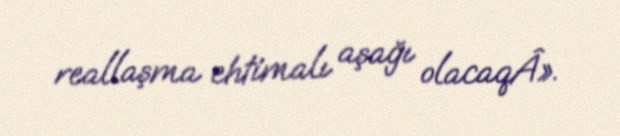
reallaşma ehtimalı aşağı olacaqÂ».